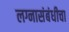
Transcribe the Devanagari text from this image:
लग्नासंबंधीचा